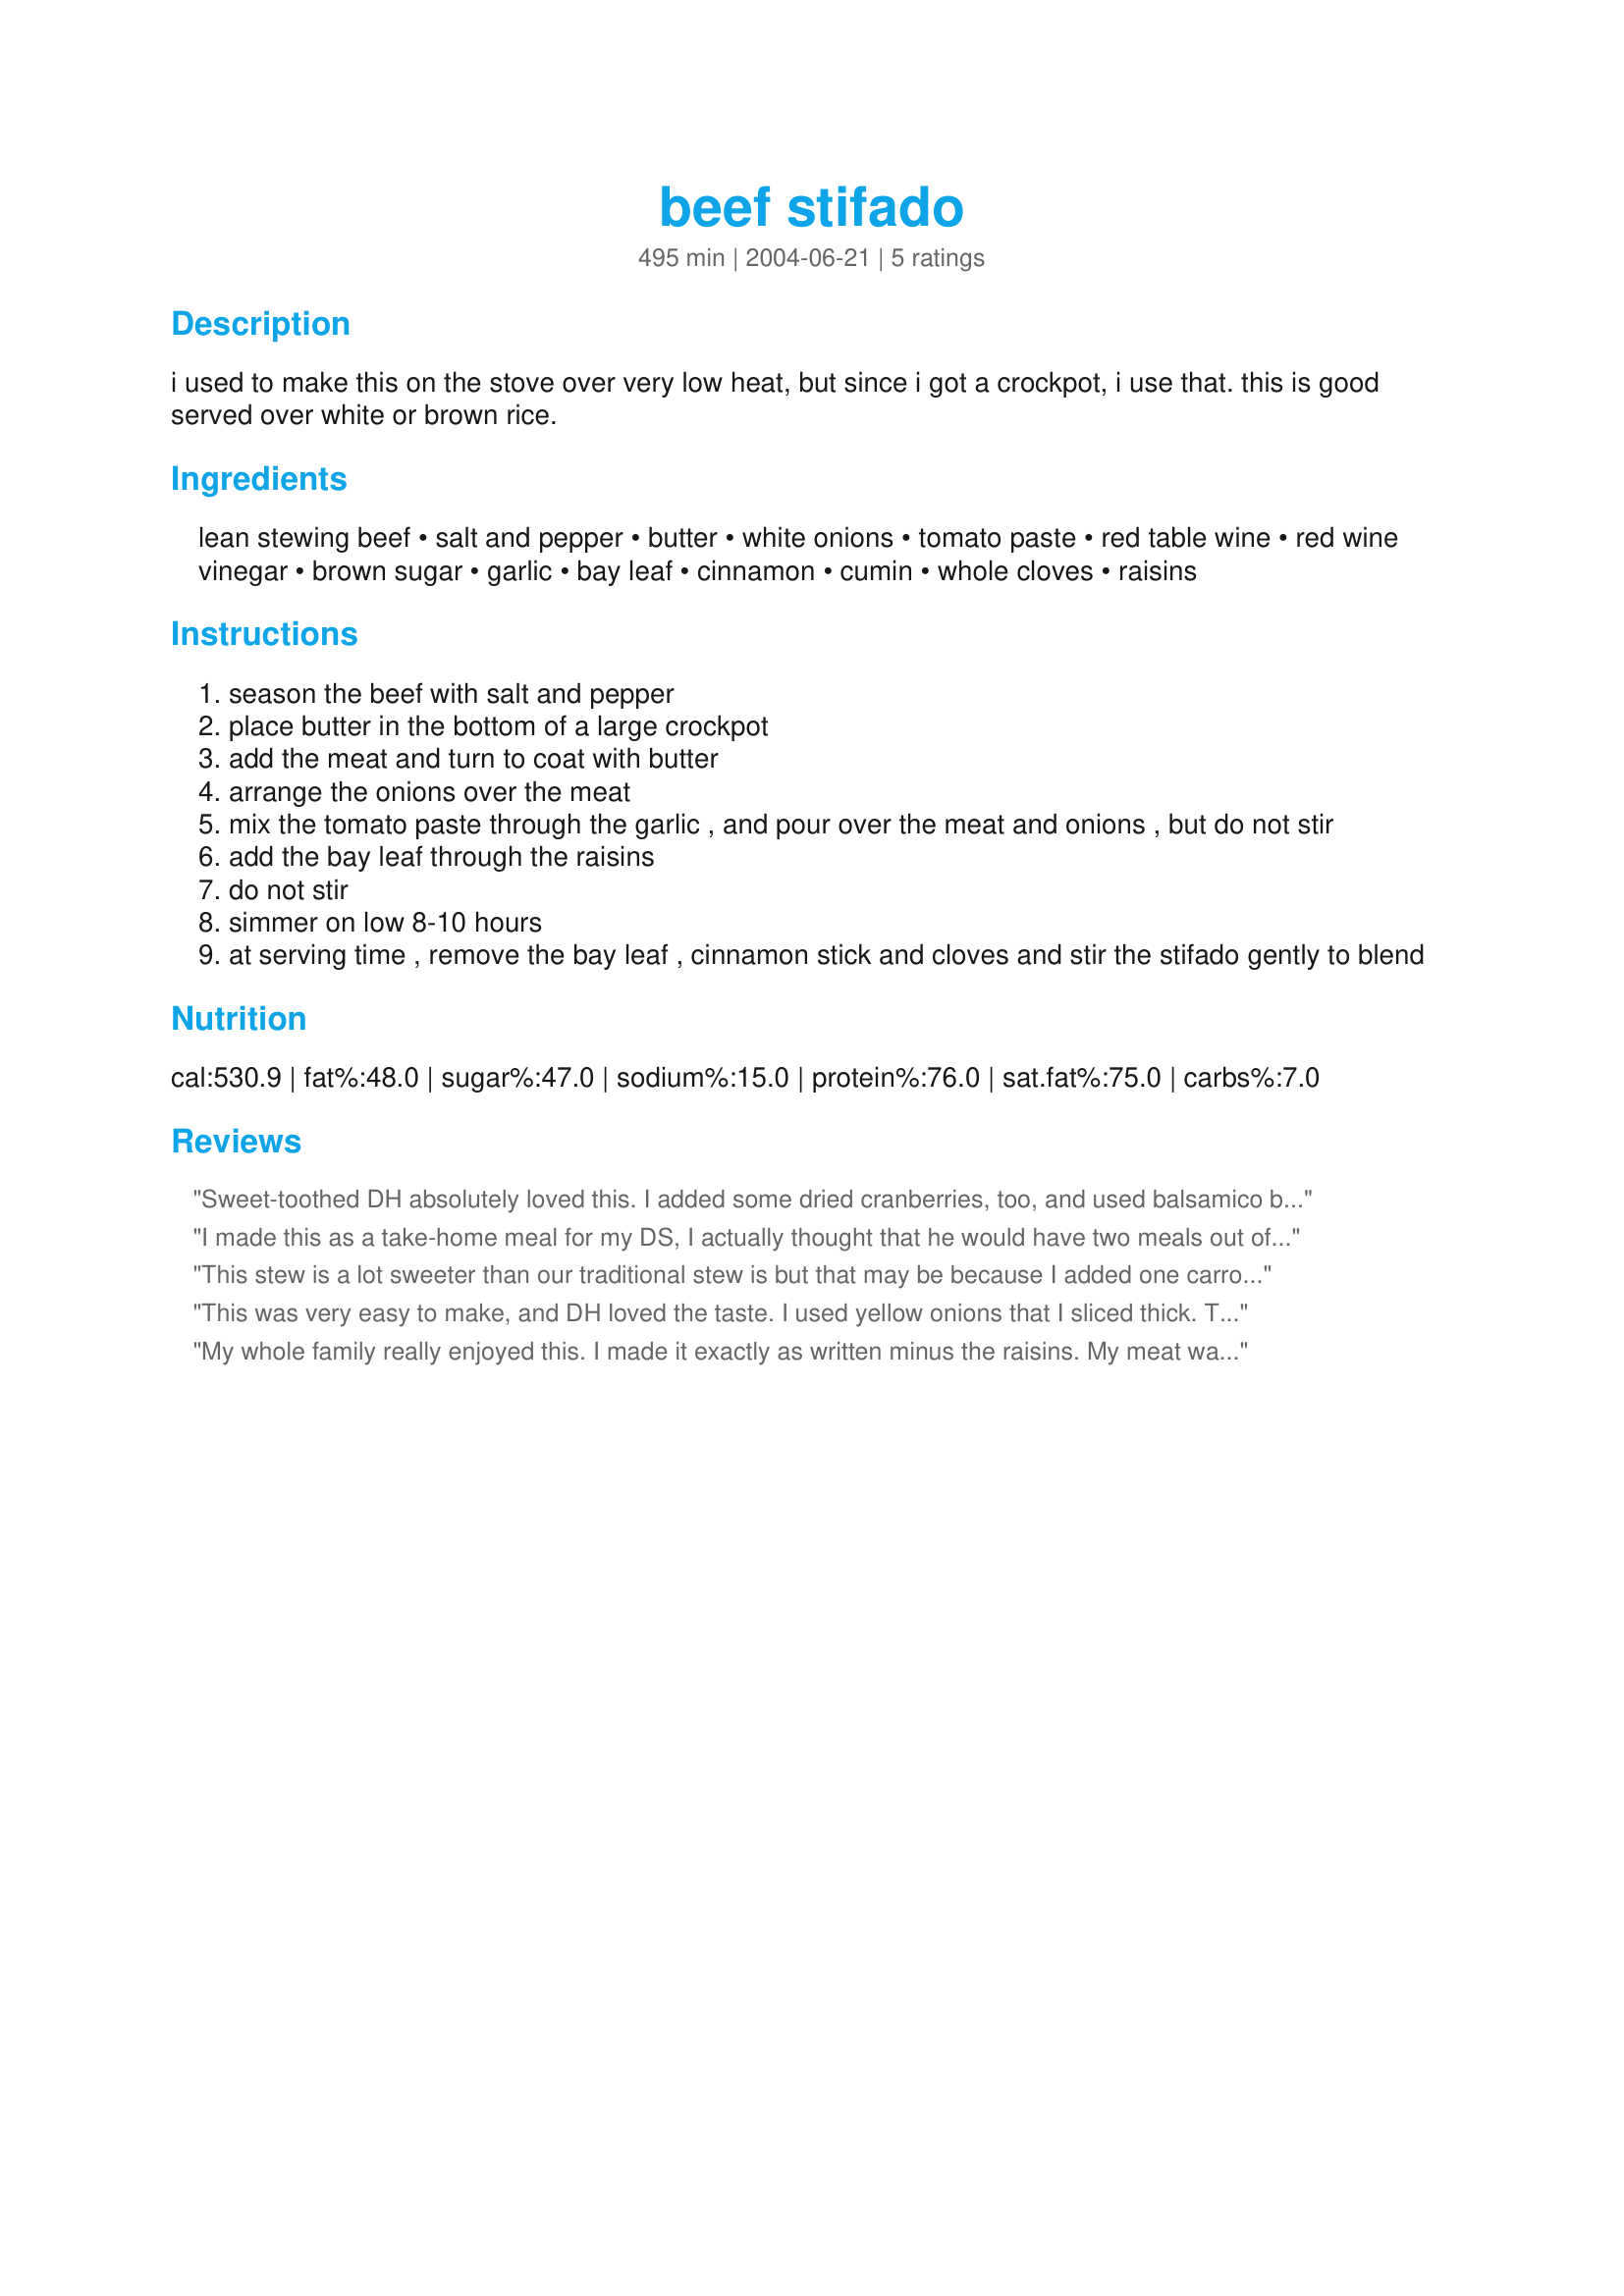
beef stifado
Preparation time: 495 minutes

i used to make this on the stove over very low heat, but since i got a crockpot, i use that. this is good served over white or brown rice.

Ingredients:
lean stewing beef, salt and pepper, butter, white onions, tomato paste, red table wine, red wine vinegar, brown sugar, garlic, bay leaf, cinnamon, cumin, whole cloves, raisins

Steps:
season the beef with salt and pepper
place butter in the bottom of a large crockpot
add the meat and turn to coat with butter
arrange the onions over the meat
mix the tomato paste through the garlic , and pour over the meat and onions , but do not stir
add the bay leaf through the raisins
do not stir
simmer on low 8-10 hours
at serving time , remove the bay leaf , cinnamon stick and cloves and stir the stifado gently to blend

Reviews:
Sweet-toothed DH absolutely loved this. I added some dried cranberries, too, and used balsamico because that's what I had. Will make this again! Thanks for posting.
I made this as a take-home meal for my DS, I actually thought that he would have two meals out of it, but it has already been devoured totally and given high reviews!. I did increase pretty much all the ingredients, and added in some dried oregano. This is absolutely delicious, please do not omit the raisins, it really makes this dish! I plan on trying this with pork also! thanks echo!...Kitten:)
This stew is a lot sweeter than our traditional stew is but that may be because I added one carrot to the stew and a bit less onions than the recipe called for. I was a bit disappointed that the meat was sort of shredded rather than in chunks also but all in all it was a good dinner which we served with Kansas Gal Biscuits recipe#43105. Thanks for sharing!
This was very easy to make, and DH loved the taste. I used yellow onions that I sliced thick. Thank you!
My whole family really enjoyed this. I made it exactly as written minus the raisins. My meat was very tender but not shredded. Perfect blend of flavors. I served this over rice with vegetables on the side. Thanx for posting this; my house smelled wonderful all day. I'll make this again.
